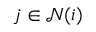
j \in \mathcal { N } ( i )